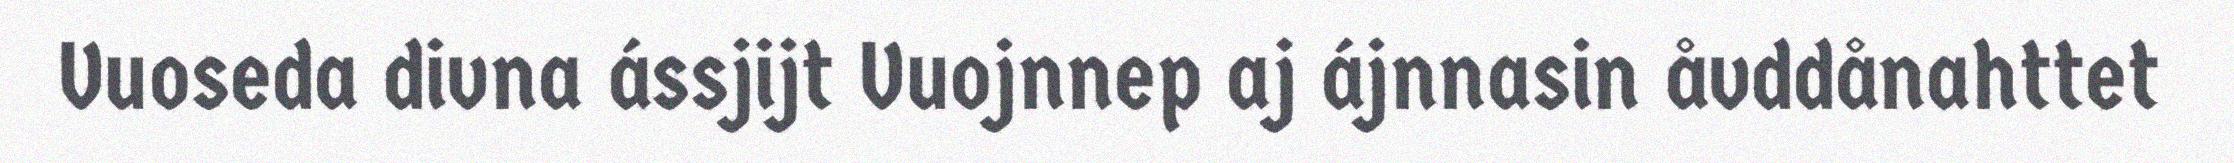
Vuoseda divna ássjijt Vuojnnep aj ájnnasin åvddånahttet